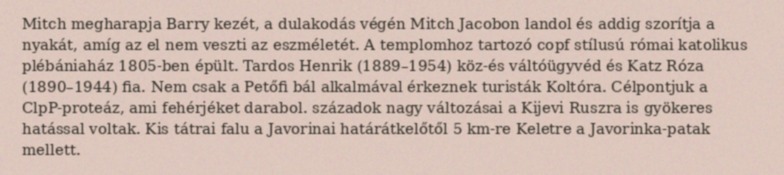
Mitch megharapja Barry kezét, a dulakodás végén Mitch Jacobon landol és addig szorítja a nyakát, amíg az el nem veszti az eszméletét. A templomhoz tartozó copf stílusú római katolikus plébániaház 1805-ben épült. Tardos Henrik (1889–1954) köz-és váltóügyvéd és Katz Róza (1890–1944) fia. Nem csak a Petőfi bál alkalmával érkeznek turisták Koltóra. Célpontjuk a ClpP-proteáz, ami fehérjéket darabol. századok nagy változásai a Kijevi Ruszra is gyökeres hatással voltak. Kis tátrai falu a Javorinai határátkelőtől 5 km-re Keletre a Javorinka-patak mellett.